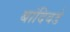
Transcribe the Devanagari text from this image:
बांदिवडे